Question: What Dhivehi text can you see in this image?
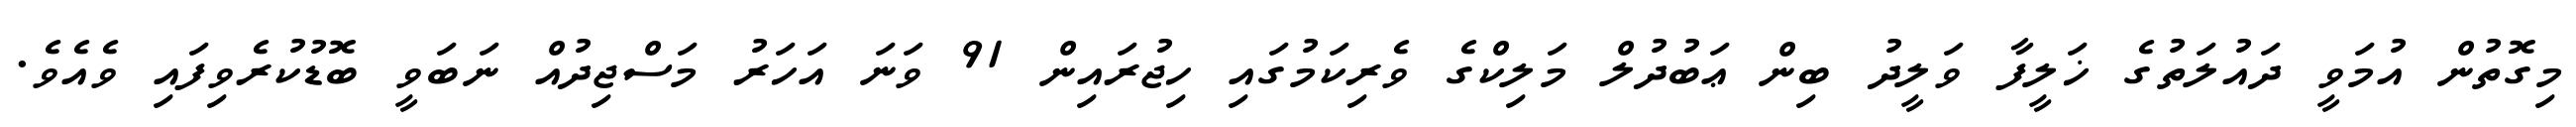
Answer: މިގޮތުން އުމަވީ ދައުލަތުގެ ޚަލީފާ ވަލީދު ބިން ޢަބުދުލް މަލިކްގެ ވެރިކަމުގައި ހިޖުރައިން 91 ވަނަ އަހަރު މަސްޖިދުއް ނަބަވީ ބޮޑުކުރެވިފައި ވެއެވެ.